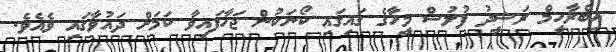
އިބްރާހީމް ރަޝީދު ފުލުސް މީހާގެ ގައިގައި ކޯނަކުން ޖަހާފައިވާ ކަމަށް ދައުވާގައި ވެއެވެ.